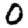
Digit: 0